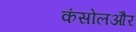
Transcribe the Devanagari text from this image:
कंसोलऔर